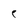
Character: e